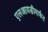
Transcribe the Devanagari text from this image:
एलआयसीमार्फत